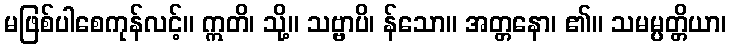
မဖြစ်ပါစေကုန်လင့်။ ဣတိ၊ သို့။ သဗ္ဗာပိ၊ န်သော။ အတ္တနော၊ ၏။ သမမ္ပတ္တိယာ၊